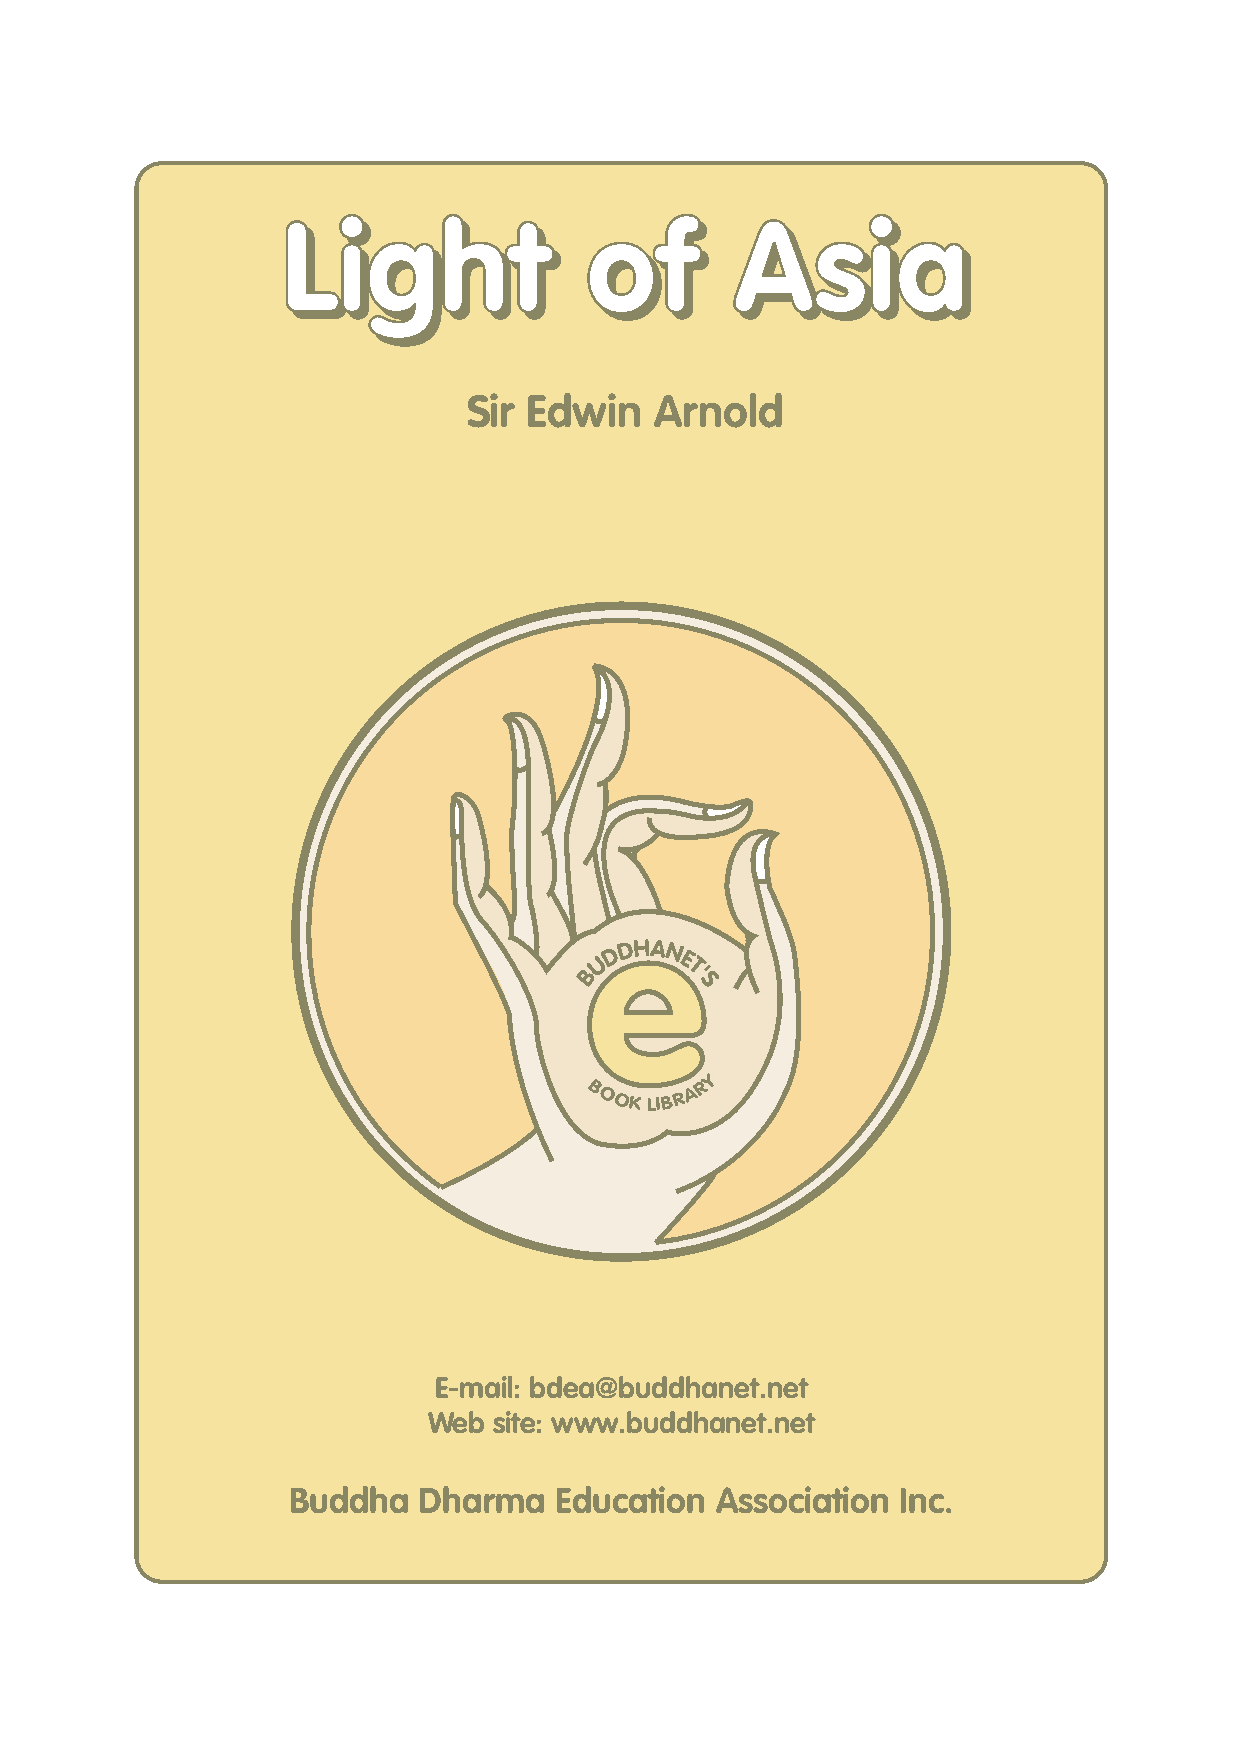
Light               of        Asia
 Light               of        Asia
 Sir Edwin   Arnold
 e
 D
 DHAN
 U     E
 B     T'
 S
 Y
 B OOKLIBR A R
 E-mail: bdea@buddhanet.net
 Web  site: www.buddhanet.net
 Buddha   Dharma   Education Association  Inc.